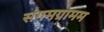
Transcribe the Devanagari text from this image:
संगमग्रामम